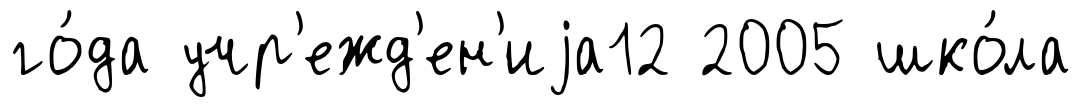
го́да учр'ежд'ен'иjа12 2005 шко́ла